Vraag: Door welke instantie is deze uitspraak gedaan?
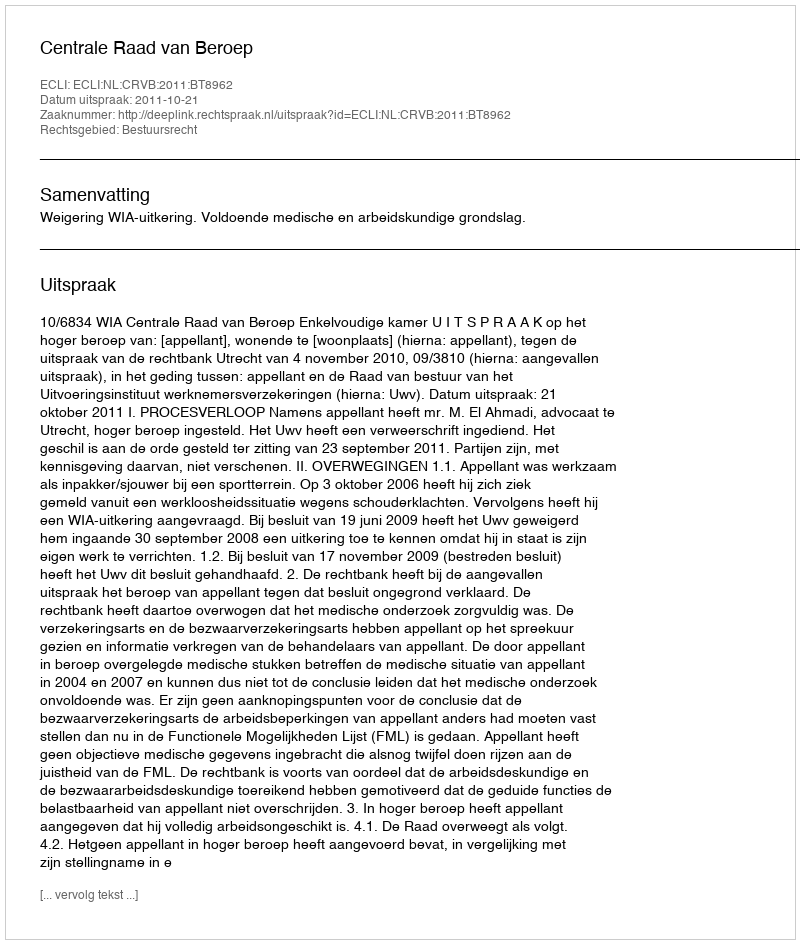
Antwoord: Centrale Raad van Beroep